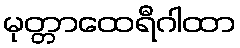
မုတ္တာထေရီဂါထာ